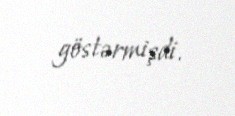
göstərmişdi.